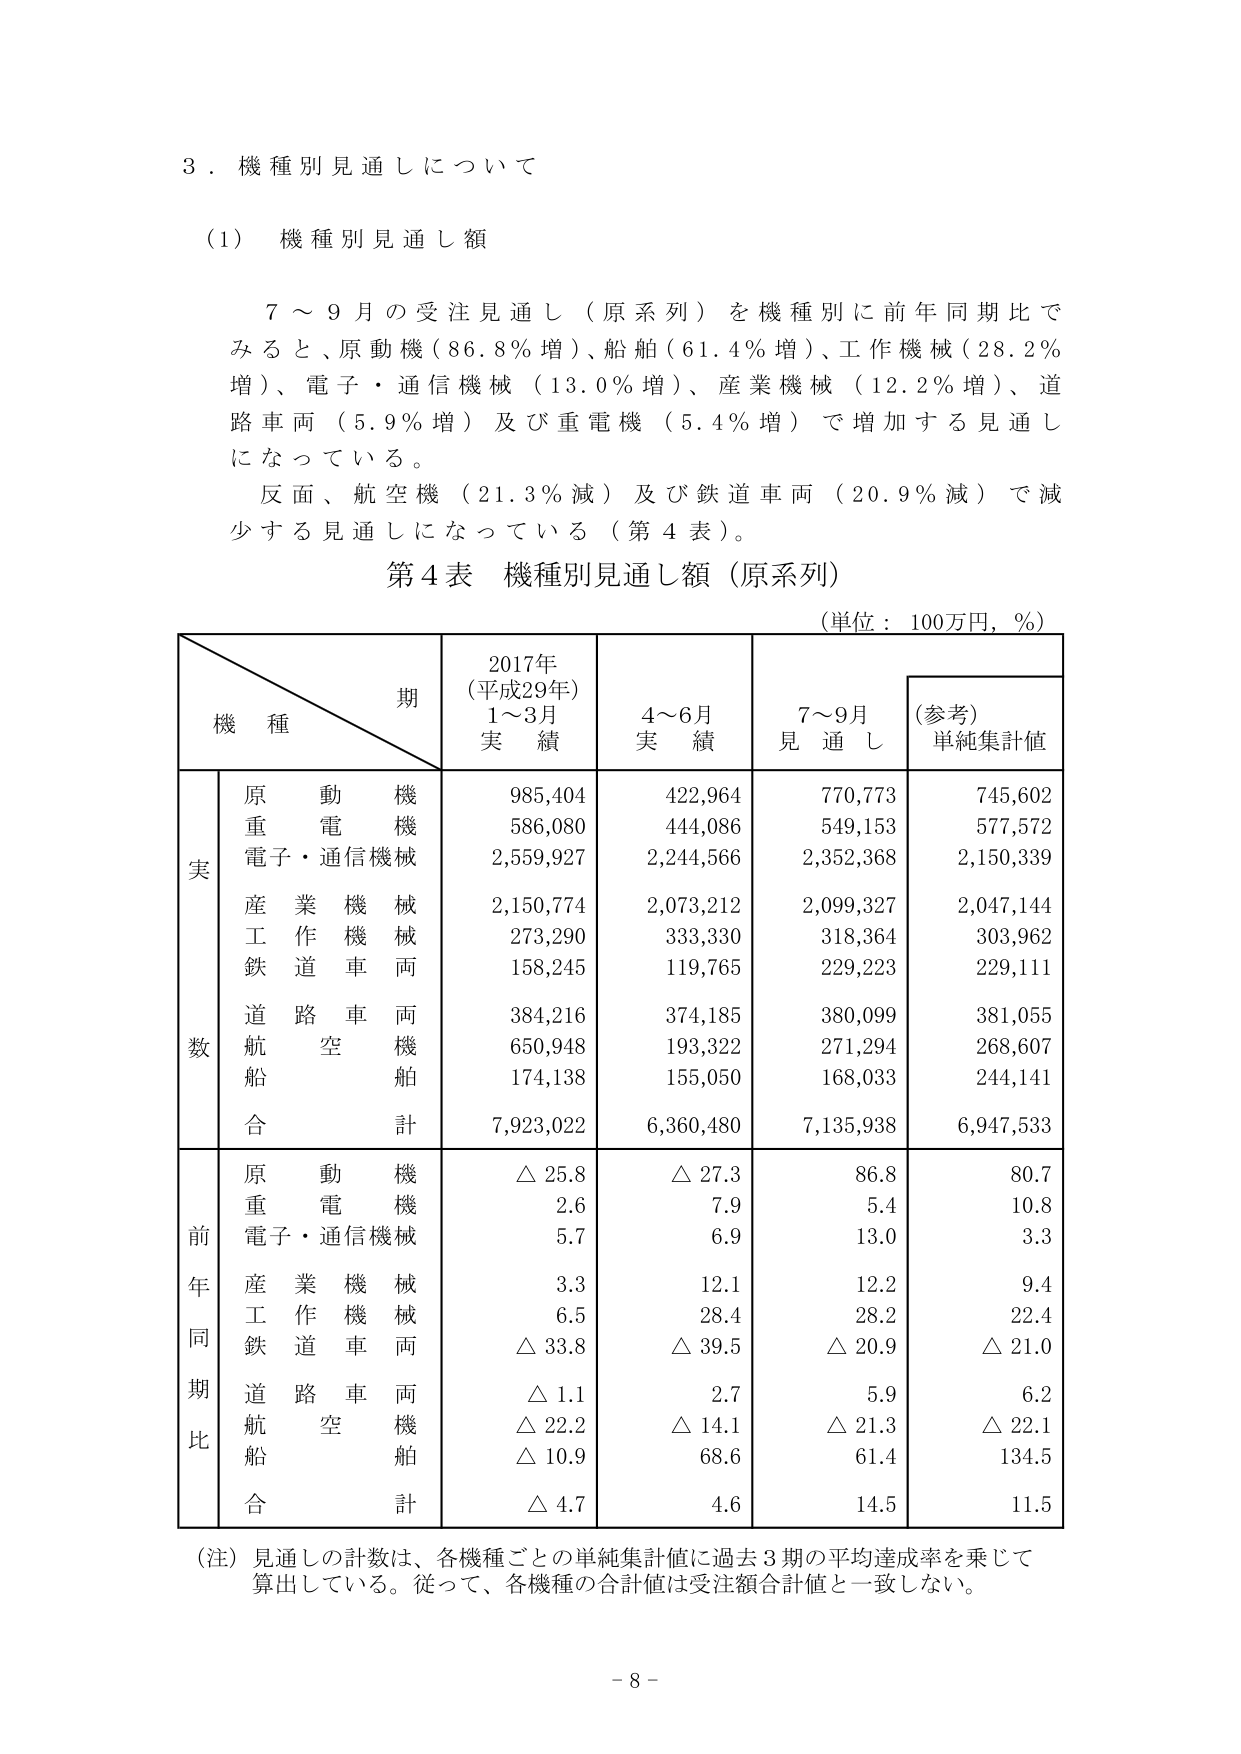
３．機種別見通しについて

（1）機種別見通し額

７～９月の受注見通し（原系列）を機種別に前年同期比でみると、原動機（86.8％増）、船舶（61.4％増）、工作機械（28.2％増）、電子・通信機械（13.0％増）、産業機械（12.2％増）、道路車両（5.9％増）及び重電機（5.4％増）で増加する見通しになっている。

反面、航空機（21.3％減）及び鉄道車両（20.9％減）で減少する見通しになっている（第４表）。

第４表 機種別見通し額（原系列）

（単位：100万円，％）

機種＼期　　2017年（平成29年）1～3月実績　　4～6月実績　　7～9月見通し　　（参考）単純集計値

実数
　　原動機　　　985,404　　　422,964　　　770,773　　　745,602
　　重電機　　　586,080　　　444,086　　　549,153　　　577,572
　　電子・通信機械　2,559,927　　2,244,566　　2,352,368　　2,150,339
　　産業機械　　2,150,774　　2,073,212　　2,099,327　　2,047,144
　　工作機械　　273,290　　　333,330　　　318,364　　　303,962
　　鉄道車両　　158,245　　　119,765　　　229,223　　　229,111
　　道路車両　　384,216　　　374,185　　　380,099　　　381,055
　　航空機　　　650,948　　　193,322　　　271,294　　　268,607
　　船舶　　　　174,138　　　155,050　　　168,033　　　244,141
　　合計　　　　7,923,022　　6,360,480　　7,135,938　　6,947,533

前年同期比
　　原動機　　　△25.8　　　△27.3　　　　86.8　　　　80.7
　　重電機　　　2.6　　　　7.9　　　　　5.4　　　　10.8
　　電子・通信機械　5.7　　　6.9　　　　13.0　　　　3.3
　　産業機械　　3.3　　　　12.1　　　　12.2　　　　9.4
　　工作機械　　6.5　　　　28.4　　　　28.2　　　　22.4
　　鉄道車両　　△33.8　　　△39.5　　　△20.9　　　△21.0
　　道路車両　　△1.1　　　2.7　　　　　5.9　　　　6.2
　　航空機　　　△22.2　　　△14.1　　　△21.3　　　△22.1
　　船舶　　　　△10.9　　　68.6　　　　61.4　　　　134.5
　　合計　　　　△4.7　　　4.6　　　　14.5　　　　11.5

（注）見通しの計数は、各機種ごとの単純集計値に過去３期の平均達成率を乗じて算出している。従って、各機種の合計値は受注額合計値と一致しない。

－８－